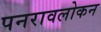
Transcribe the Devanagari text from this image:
पनरावलोकन